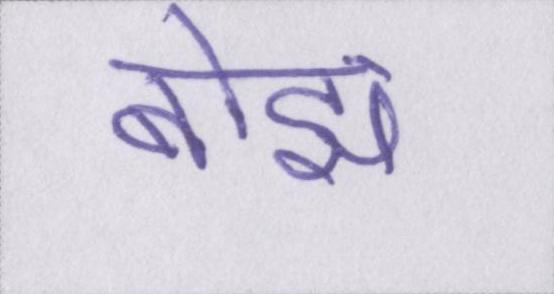
बोझ